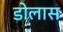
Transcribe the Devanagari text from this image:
डोलास